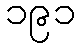
၁၉၁